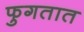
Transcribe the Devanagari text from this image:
फुगतात